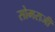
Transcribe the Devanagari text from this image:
सोमराजी